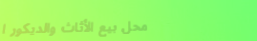
محل بيع الأثاث والديكور ا